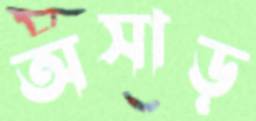
অসাড়